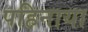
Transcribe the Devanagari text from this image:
पहिनाया